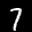
Label: 7